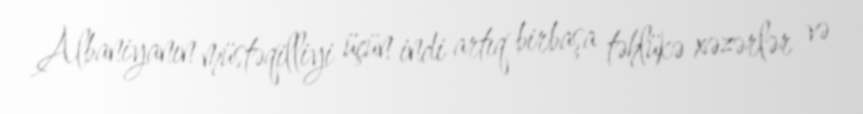
Albaniyanın müstəqilliyi üçün indi artıq birbaşa təhlükə xəzərlər və